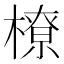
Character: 橑